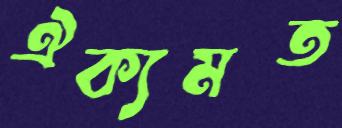
ঐক্যমত